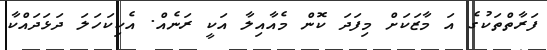
ފަރާތްތަކުގެ އަ މާޒަކަށް މިފަދަ ކޮން މެއާއިލާ އަކީ ރަނެއް. އެކިކަހަލަ ދަޅަދައްކާ